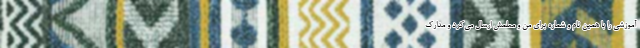
آموزشی را با همین نام و شماره برای من و معلمش ارسال می‌‌کرد و مدارک